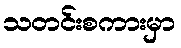
သတင်းစကားမှာ